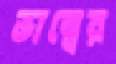
ভাল্বের